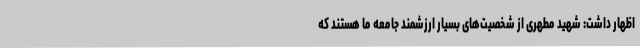
اظهار داشت: شهید مطهری از شخصیت‌های بسیار ارزشمند جامعه ما هستند که